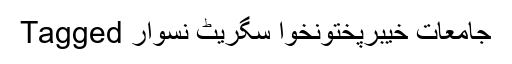
Tagged جامعات خیبرپختونخوا سگریٹ نسوار